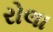
રોલા